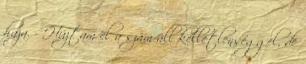
haza. - Húztam el a szám áll kelletlenséggel, de